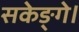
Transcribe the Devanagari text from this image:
सकेङ्गे।